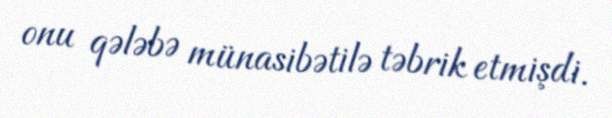
onu qələbə münasibətilə təbrik etmişdi.